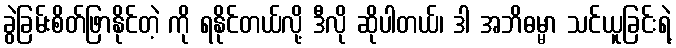
ခွဲခြမ်းစိတ်ဖြာနိုင်တဲ့ ကို ရနိုင်တယ်လို့ ဒီလို ဆိုပါတယ်၊ ဒါ အဘိဓမ္မာ သင်ယူခြင်းရဲ့